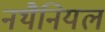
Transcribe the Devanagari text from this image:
नथैनियल